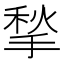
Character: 揫